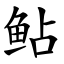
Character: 鲇